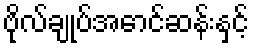
ဗိုလ်ချုပ်အောင်ဆန်းနှင့်